Tartu_pedagoogiumi_aruanded, lk 79
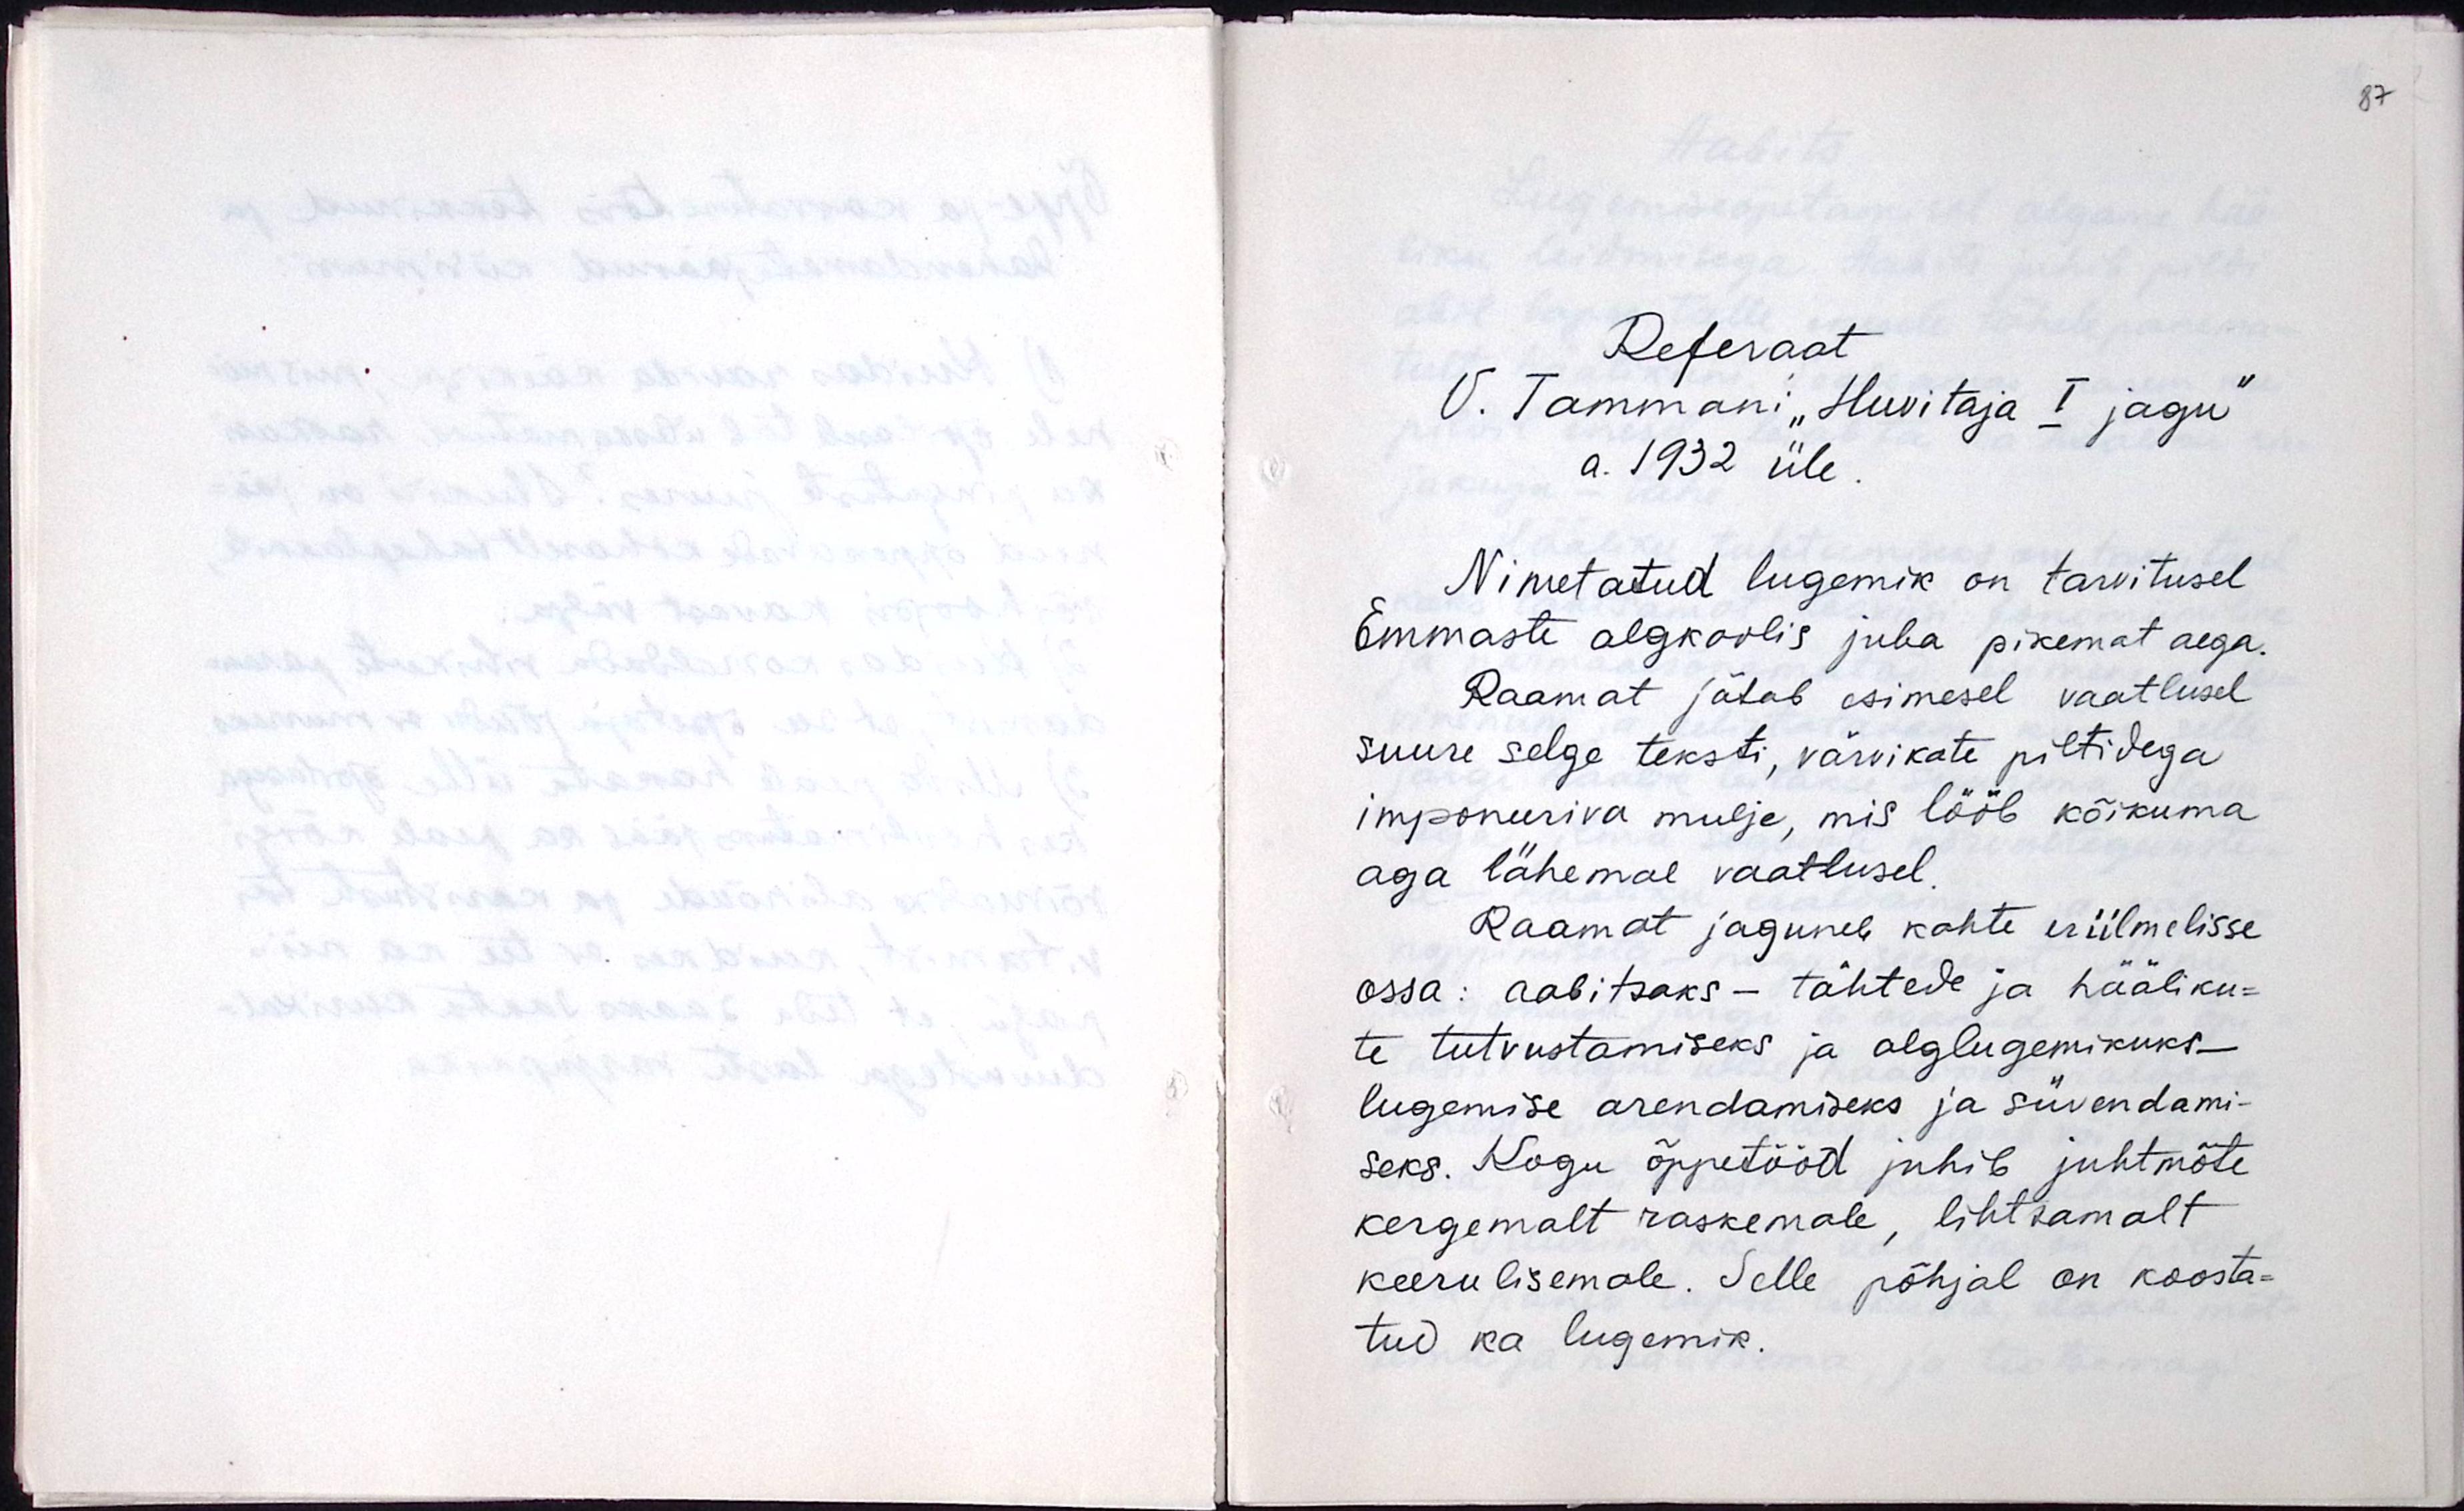
Referaat
V. Tammani "Huvitaja I jagu"
a. 1932 üle.
Nimetatud lugemik on tarvitusel
Emmaste algkoolis juba pikemat aega.
Raamat jätab esimesel vaatusel
suure selge teksti, värvikate piltidega
imponeeriva mulje, mis lööb kõikuma
aga lähemal vaatusel.
Raamat jaguneb kahte eriilmelisse
ossa: aabitsaks - tähtede ja hääliku-
te tutvustamiseks ja alglugemikuks
lugemise arendamiseks ja süvendami-
seks. Kogu õppetööd juhib juhtmõte
kergemalt raskemale, lihtsamalt
keerulisemale. Selle põhjal on koosta-
tud ka lugemik.